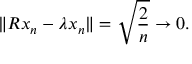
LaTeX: \| R x _ { n } - \lambda x _ { n } \| = { \sqrt { \frac { 2 } { n } } } \to 0 .